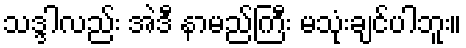
သဒ္ဒါလည်း အဲဒီ နာမည်ကြီး မသုံးချင်ပါဘူး။